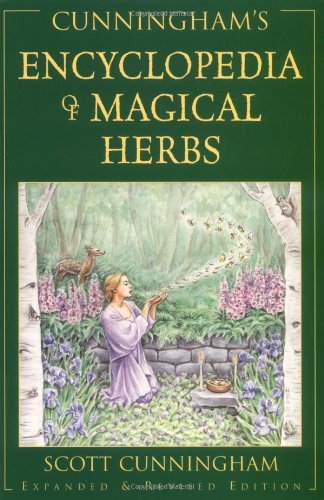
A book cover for Cunningham's Encyclopedia of Magical Herbs (Llewellyn's Sourcebook Series) (Cunningham's Encyclopedia Series); Scott Cunningham; Crafts, Hobbies & Home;